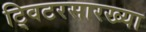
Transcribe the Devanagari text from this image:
ट्विटरसारख्या